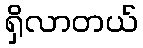
ရှိလာတယ်